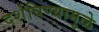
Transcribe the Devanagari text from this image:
दर्शविण्यामुळे